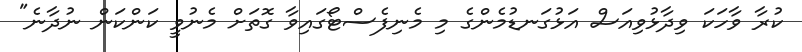
ކުރާ ވާހަކަ ވިދާޅުވިއަސް އަޅުގަނޑުމެންގެ މި މެނިފެސްޓޯގައިވާ ގޮތަށް މެނުވީ ކަންކަން ނުދާނެ"